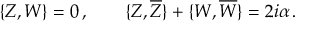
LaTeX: \{ Z , W \} = 0 \, , \qquad \{ Z , \overline { { { Z } } } \} + \{ W , \overline { { { W } } } \} = 2 i \alpha \, .